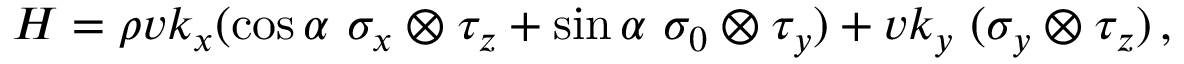
H = \rho v k _ { x } ( \cos \alpha \ \sigma _ { x } \otimes \tau _ { z } + \sin \alpha \ \sigma _ { 0 } \otimes \tau _ { y } ) + v k _ { y } \ ( \sigma _ { y } \otimes \tau _ { z } ) \, ,